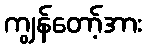
ကျွန်တော့်အား